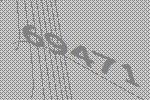
69471